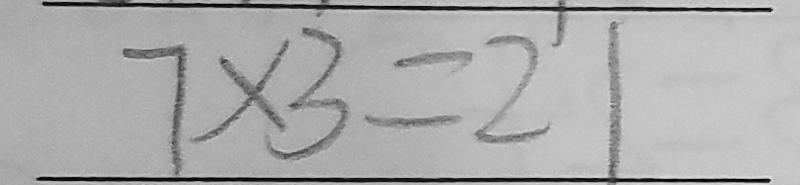
7 \times 3 = 2 1